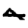
Digit: 4